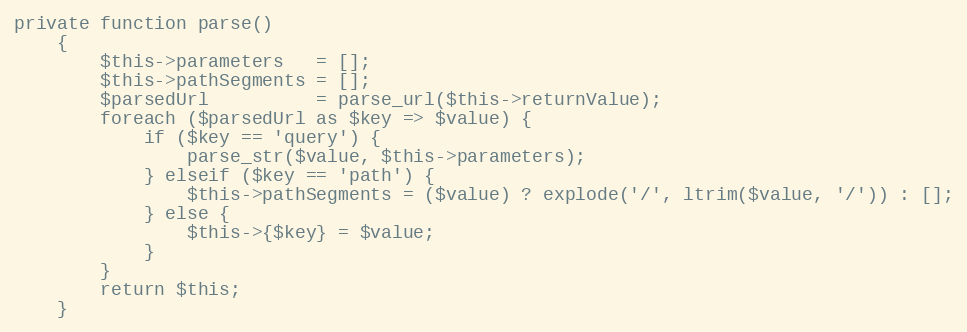
Language: PHP
private function parse()
    {
        $this->parameters   = [];
        $this->pathSegments = [];
        $parsedUrl          = parse_url($this->returnValue);
        foreach ($parsedUrl as $key => $value) {
            if ($key == 'query') {
                parse_str($value, $this->parameters);
            } elseif ($key == 'path') {
                $this->pathSegments = ($value) ? explode('/', ltrim($value, '/')) : [];
            } else {
                $this->{$key} = $value;
            }
        }
        return $this;
    }